65_HS1-834228961_62-HQ-83894_Section_9
Agency: FBI
Page 11
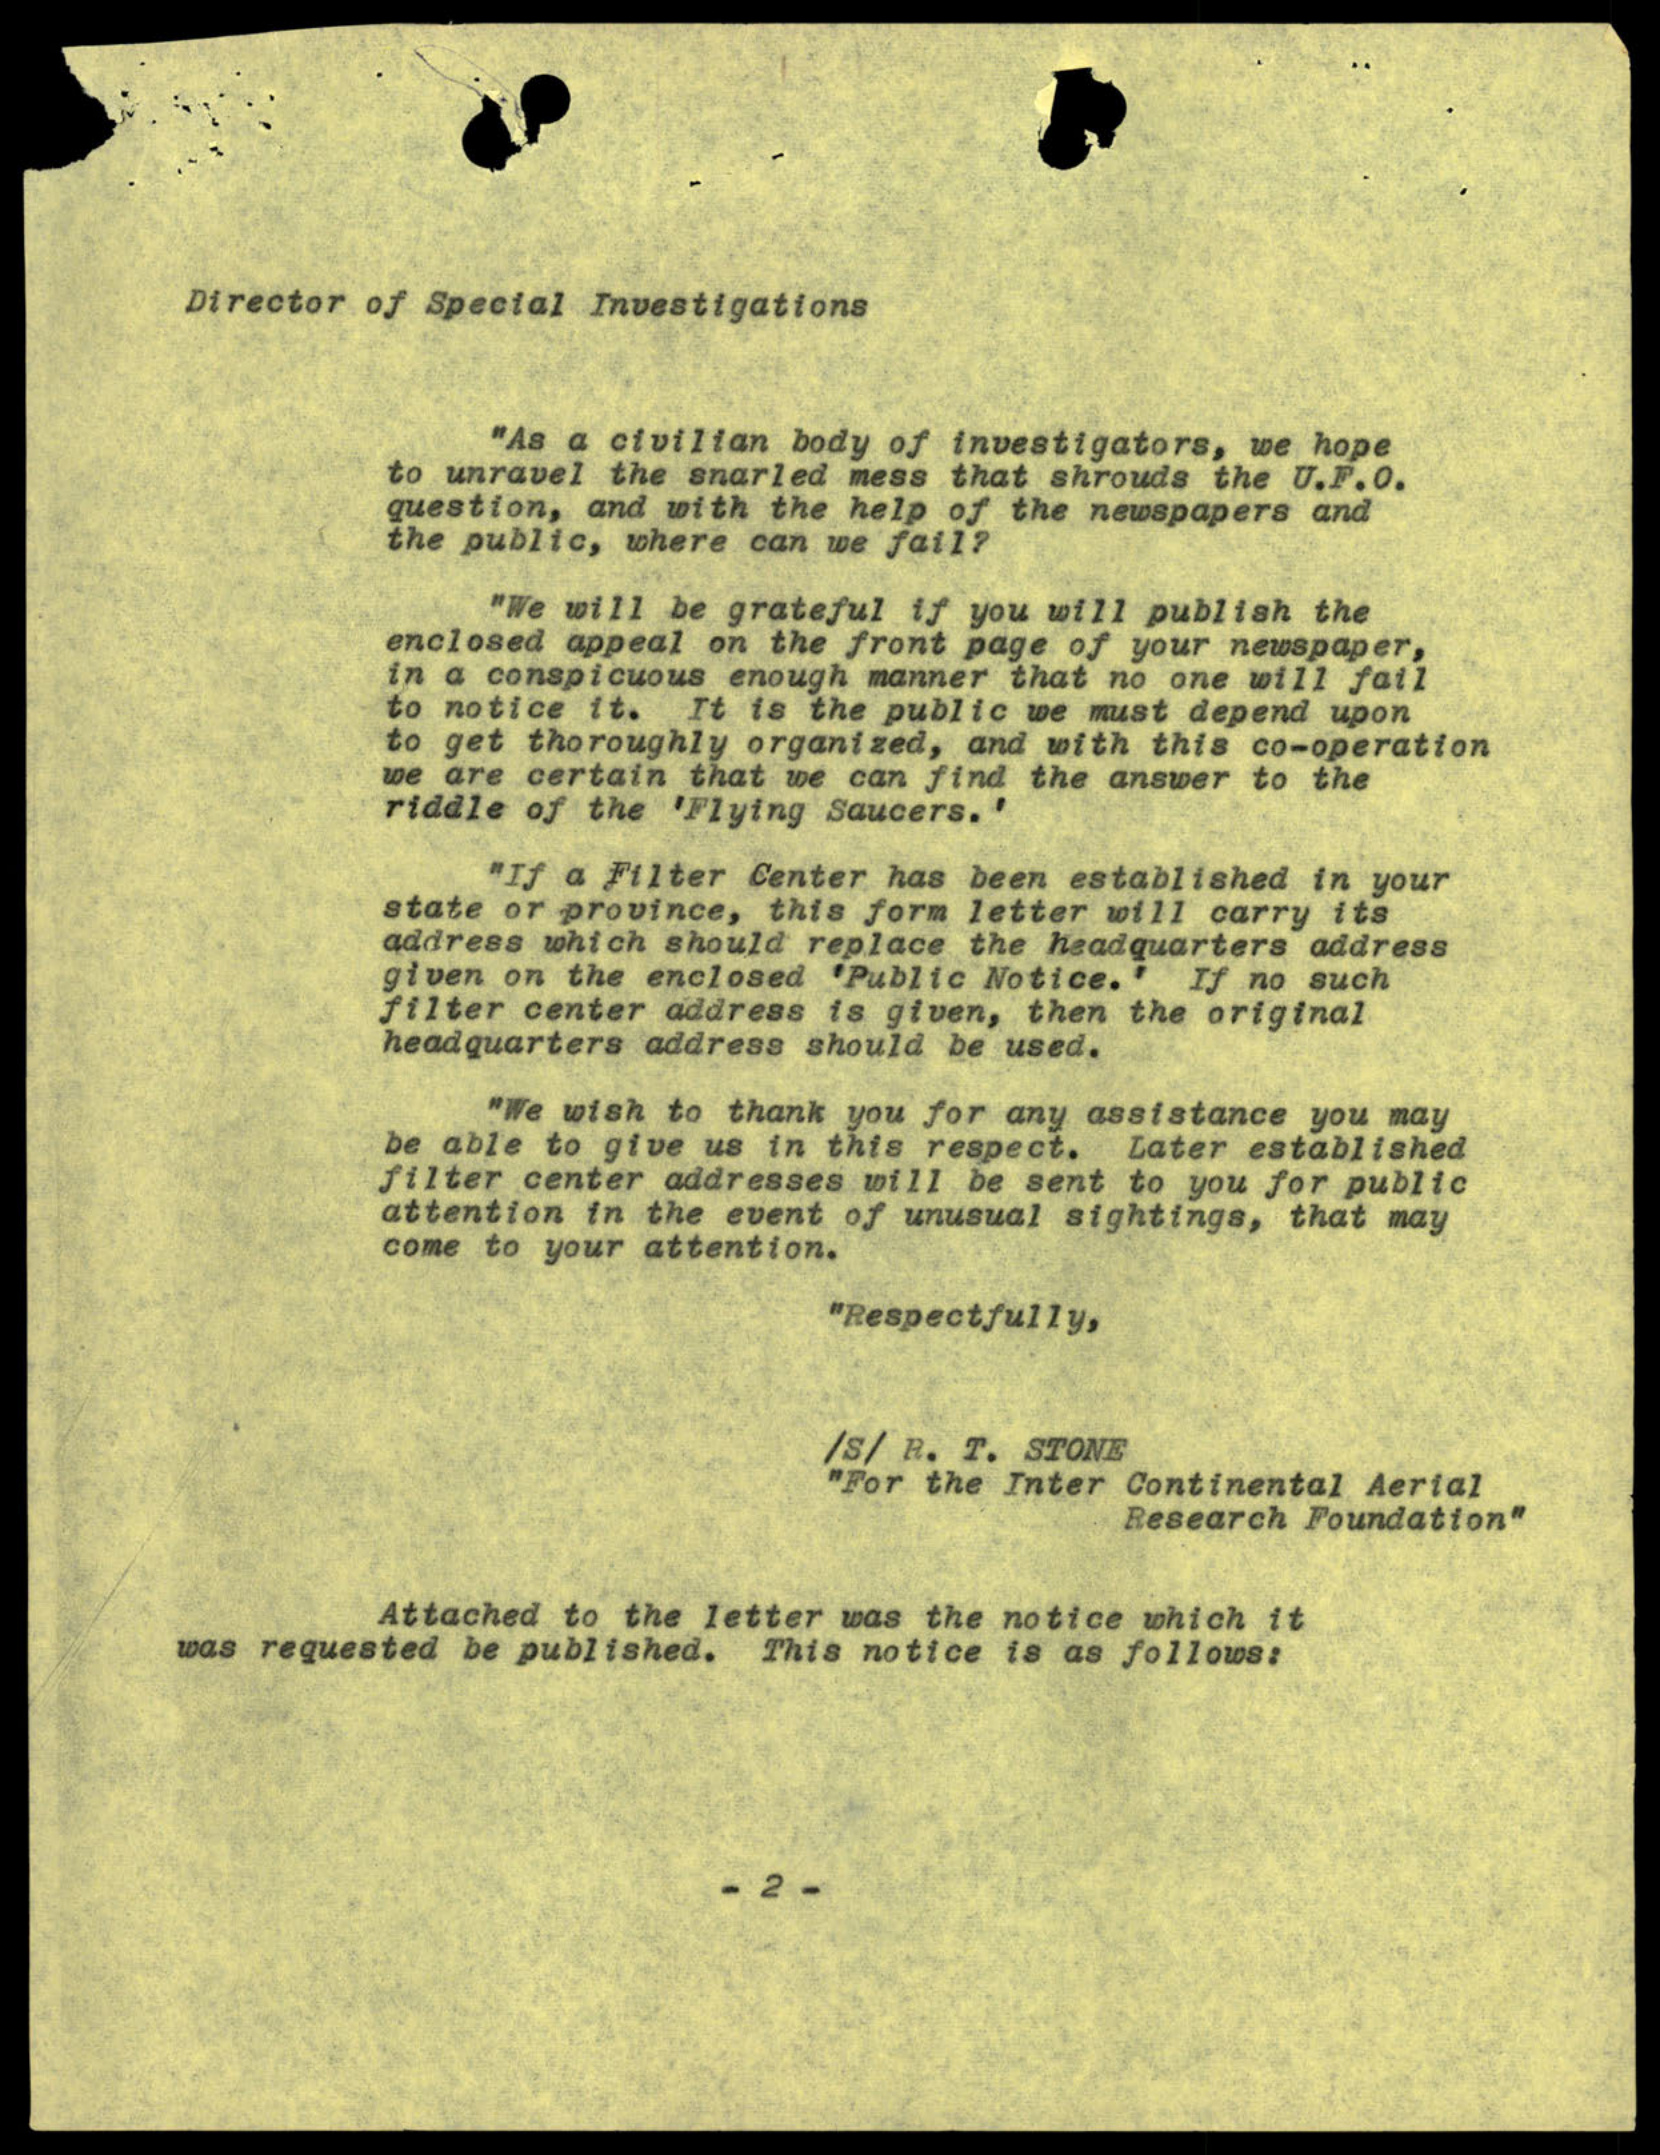